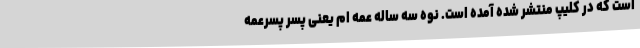
است که در کلیپ منتشر شده آمده است. نوه سه ساله عمه ام یعنی پسر پسرعمه